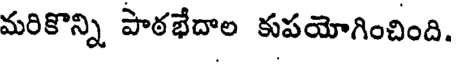
మరికొన్ని పాఠభేదాల కుపయోగించింది.